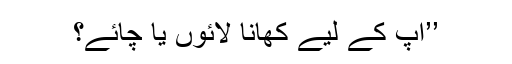
’’آپ کے لیے کھانا لائوں یا چائے؟